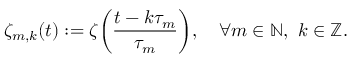
\zeta _ { m , k } ( t ) : = \zeta \mathopen { } \mathclose \bgroup \left( \frac { t - k \tau _ { m } } { \tau _ { m } } \aftergroup \egroup \right) , \quad \forall m \in \ensuremath { \mathbb { N } } , \ k \in \ensuremath { \mathbb { Z } } .